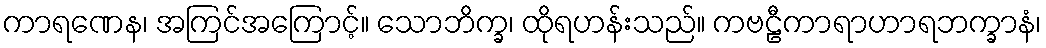
ကာရဏေန၊ အကြင်အကြောင့်။ သောဘိက္ခ၊ ထိုရဟန်းသည်။ ကဗဠီကာရာဟာရဘက္ခာနံ၊